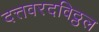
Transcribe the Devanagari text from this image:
दत्तवरदविठ्ठल